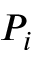
P _ { i }